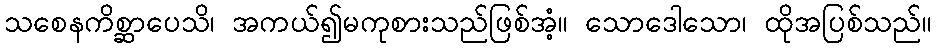
သစေနကိစ္ဆာပေသိ၊ အကယ်၍မကုစားသည်ဖြစ်အံ့။ သောဒေါသော၊ ထိုအပြစ်သည်။